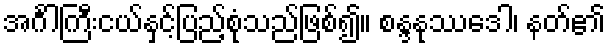
အင်္ဂါကြီးငယ်နှင့်ပြည့်စုံသည်ဖြစ်၍။ စန္ဒနုဿဒေါ၊ နတ်၏